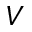
V